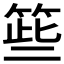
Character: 𱸈